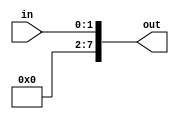
`timescale 1ns / 1ps
//////////////////////////////////////////////////////////////////////////////////
// Company: 
// Engineer: 
// 
// Design Name: 
// Module Name: signextender
// Project Name: 
// Target Devices: 
// Tool Versions: 
// Description: 
// 
// Dependencies: 
// 
// Revision:
// Revision 0.01 - File Created
// Additional Comments:
// 
//////////////////////////////////////////////////////////////////////////////////

module signextender(
        input [1:0] in,
        output [7:0] out
    );

    assign out[7:0] = { 6'b000000, in};
endmodule